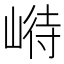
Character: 崻